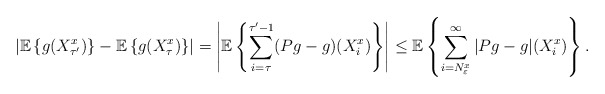
\begin{align*}\left|\mathbb{E}\left\{ g(X^{x}_{\tau'})\right\} -\mathbb{E}\left\{ g(X^{x}_{\tau})\right\} \right|&= \left|\mathbb{E}\left\{ \sum_{i=\tau}^{\tau'-1}(P g-g)(X^{x}_i)\right\} \right|\leq \mathbb{E}\left\{ \sum_{i=N^{x}_\varepsilon}^{\infty}|P g-g|(X^{x}_i)\right\}. \end{align*}